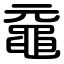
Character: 黿